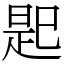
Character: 𢁈